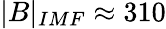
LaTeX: |B|_{IMF}\approx 310